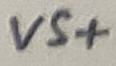
Text: VS+